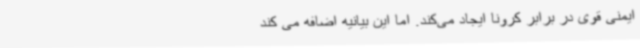
ایمنی قوی در برابر کرونا ایجاد می‌کند. اما این بیانیه اضافه می کند